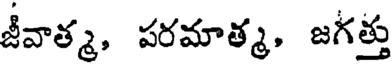
జీవాత్మ, పరమాత్మ, జగత్తు